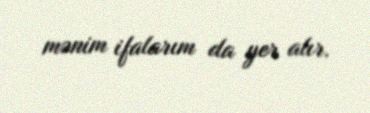
mənim ifalarım da yer alır.